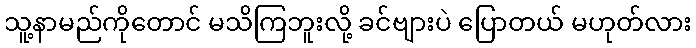
သူ့နာမည်ကိုတောင် မသိကြဘူးလို့ ခင်ဗျားပဲ ပြောတယ် မဟုတ်လား